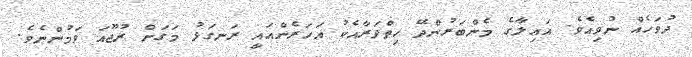
ދުވަހެއް ނުވިއެވެ. އައިލާގެ މެންބަރުންދޭ ހިތްވަރާއެކު އަހަރެންއައީ ރަނގަޅު މަގަށް ރުޖޫއަ ވަމުންނެވެ.